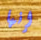
إنها